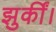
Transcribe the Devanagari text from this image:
झुकीं।